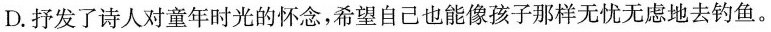
D.抒发了诗人对童年时光的怀念，希望自己也能像孩子那样无忧无虑地去钓鱼。